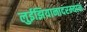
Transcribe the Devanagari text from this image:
लुईझियानादरम्यान